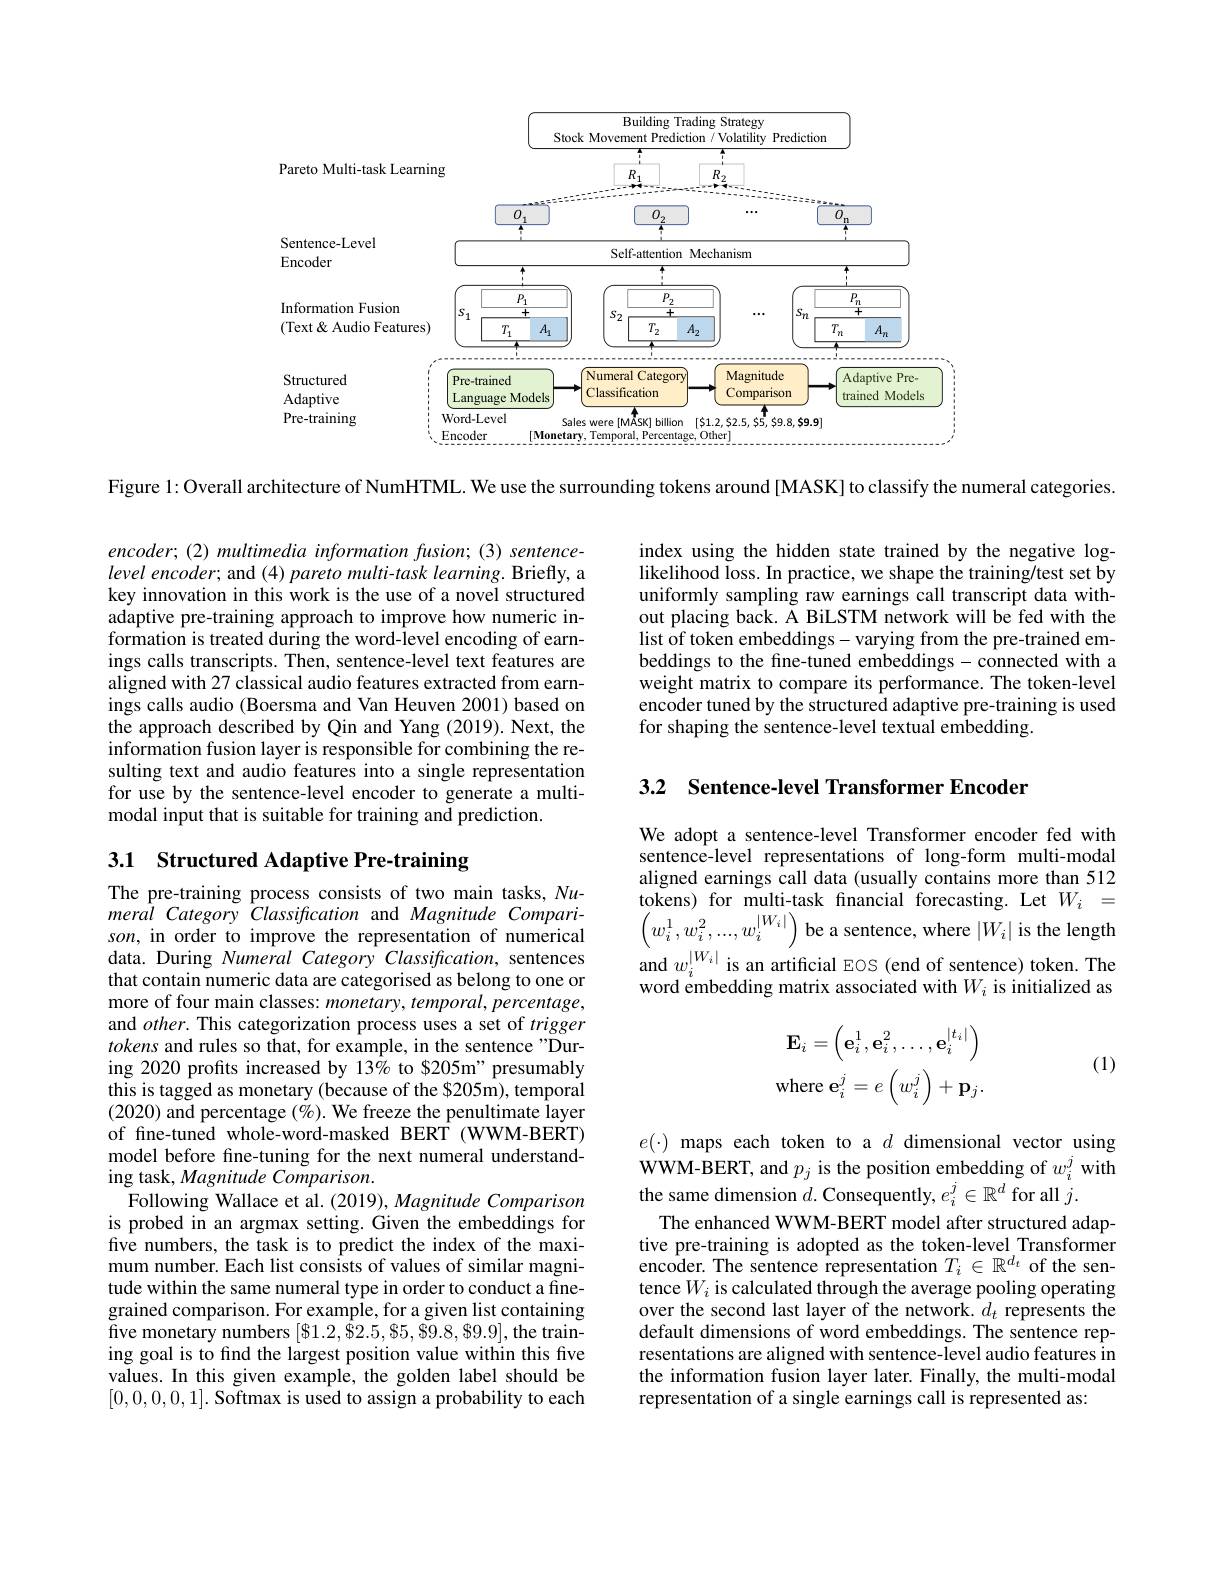
<FigureHere>

Figure 1: Overall architecture of NumHTML. We use the surrounding tokens around [MASK] to classify the numeral categories.

index using the hidden state trained by the negative loglikelihood loss. In practice, we shape the training/test set by uniformly sampling raw earnings call transcript data without placing back. A BiLSTM network will be fed with the list of token embeddings-varying from the pre-trained embeddings to the fine-tuned embeddings - connected with a weight matrix to compare its performance. The token-level encoder tuned by the structured adaptive pre-training is used for shaping the sentence-level textual embedding.

encoder; (2) multimedia information fusion; (3) sentencelevel encoder; and (4) pareto multi- task learning. Briefly, a key innovation in this work is the use of a novel structured adaptive pre-training approach to improve how numeric information is treated during the word-level encoding of earnings calls transcripts. Then, sentence-level text features are aligned with 27 classical audio features extracted from earnings calls audio (Boersma and Van Heuven 2001) based on the approach described by Qin and Yang (2019). Next, the information fusion layer is responsible for combining the resulting text and audio features into a single representation for use by the sentence-level encoder to generate a multimodal input that is suitable for training and prediction.

3.2 Sentence-level Transformer Encoder

## 3.1 Structured Adaptive Pre-training

We adopt a sentence-level Transformer encoder fed with sentence-level representations of long-form multi-modal aligned earnings call data (usually contains more than 512 tokens) for multi-task fnancial forecasting. Let $W_{i}=$ $\left(w_{i}^{1},w_{i}^{2},...,w_{i}^{|W_{i}|}\right)$be a sentence, where $|W_{i}|$ is the length and $w_i^{|W_i|}$ is an artificial EOS (end of sentence) token. The word embedding matrix associated with $W_i$ is initialized as

(1)
$$\mathbf{E}_{i}=\left(\mathbf{e}_{i}^{1},\mathbf{e}_{i}^{2},\ldots,\mathbf{e}_{i}^{|t_{i}|}\right)\\\mathrm{where~e}_{i}^{j}=e\left(w_{i}^{j}\right)+\mathbf{p}_{j}.$$
The pre-training process consists of two main tasks, Numeral Category Classification and Magnitude Comparison, in order to improve the representation of numerical data. During Numeral Category Classification, sentences that contain numeric data are categorised as belong to one or more of four main classes: monetary, temporal, percentage, and $other.$ This categorization process uses a set of trigger tokens and rules so that, for example, in the sentence "During 2020 profits increased by 13% to $205m" presumably this is tagged as monetary (because of the $205m), temporal (2020) and percentage $(\%).$ We freeze the penultimate layer of fine-tuned whole-word-masked BERT (WWM-BERT) model before fine-tuning for the next numeral understanding task, Magnitude Comparison.
Following Wallace et al. (2019), Magnitude Comparison is probed in an argmax setting. Given the embeddings for five numbers, the task is to predict the index of the maximum number. Each list consists of values of similar magnitude within the same numeral type in order to conduct a finegrained comparison. For example, for a given list containing five monetary numbers $[\$1.2,\bar{\$}2.5,\$5,\$9.8,\$9.9]$, the training goal is to find the largest position value within this five values. In this given example, the golden label should be [0,0,0,0,0,1]. Softmax is used to assign a probability to each

$e(\cdot)$ maps each token to a $d$ dimensional vector using WWM-BERT, and $p_j$ is the position embedding of $w_i^j$ with the same dimension $d.$ Consequently, $e_i^j\in\mathbb{R}^d$ for all $j.$
The enhanced WWM-BERT model after structured adaptive pre-training is adopted as the token-level Transformer encoder. The sentence representation $T_i\in\mathbb{R}^{d_t}$ of the sentence $W_i$ is calculated through the average pooling operating over the second last layer of the network. $d_t$ represents the default dimensions of word embeddings. The sentence representations are aligned with sentence-level audio features in the information fusion layer later. Finally, the multi-modal representation of a single earnings call is represented as: